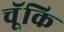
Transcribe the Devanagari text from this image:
चॅूकि